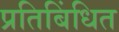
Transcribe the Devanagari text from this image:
प्रतिबिंधित